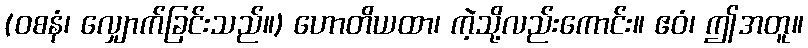
(ဝစနံ၊ လျှောက်ခြင်းသည်။) ဟောတိယထာ၊ ကဲ့သို့လည်းကောင်း။ ဧဝံ၊ ဤအတူ။